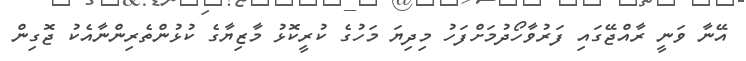
އޭނާ ވަނީ ރާއްޖޭގައި ފަރުވާހޯދުމަށްފަހު މިދިޔަ މަހުގެ ކުރީކޮޅު މާޒިޔާގެ ކުޅުންތެރިންނާއެކު ޖޮގިން